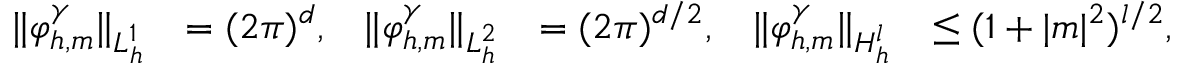
\begin{array} { r l r l r l } { \| \varphi _ { h , m } ^ { \gamma } \| _ { L _ { h } ^ { 1 } } } & { = ( 2 \pi ) ^ { d } , } & { \| \varphi _ { h , m } ^ { \gamma } \| _ { L _ { h } ^ { 2 } } } & { = ( 2 \pi ) ^ { d / 2 } , } & { \| \varphi _ { h , m } ^ { \gamma } \| _ { H _ { h } ^ { l } } } & { \leq ( 1 + | m | ^ { 2 } ) ^ { l / 2 } , } \end{array}